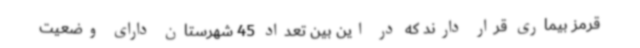
قرمز بیماری قرار دارند که در این بین تعداد 45 شهرستان دارای وضعیت